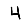
Digit: 4